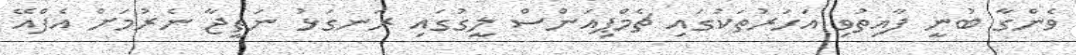
ވެންގާ ބުނީ ފާއިތުވި އަހަރުތަކުގައި ޗެމްޕިއަންސް ލީގުގައި ރަނގަޅު ނަތީޖާ ނެރުމަށް އެފްއޭ